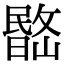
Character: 𣊽